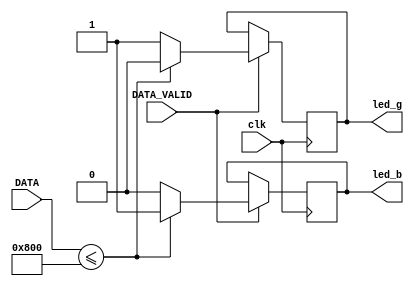
`timescale 1ns / 1ps
//////////////////////////////////////////////////////////////////////////////////
// Company: 
// Engineer: 
// 
// Design Name: 
// Module Name: LED_TEST
// Project Name: 
// Target Devices: 
// Tool Versions: 
// Description: 
// 
// Dependencies: 
// 
// Revision:
// Revision 0.01 - File Created
// Additional Comments:
// 
//////////////////////////////////////////////////////////////////////////////////


// module LED_TEST(
//    input clk,
//    input DATA_VALID,
//    input[11:0] DATA,
//    output led_b,
//    output led_g
//    );
     
//    reg r_green, r_blue;
    
//    always @(posedge clk)
//        begin
//            if (DATA <= 12'b100000000000)
//                begin
//                    r_blue <=1;
//                    r_green <= 0;
//                end
//            else
//                begin
//                    r_blue <=0;
//                    r_green <=1;
//                end
//       end
       
//    assign led_b = r_blue;
//    assign led_g = r_green;
    
// endmodule 
module LED_TEST(
    input clk,
    input DATA_VALID,
    input [11:0] DATA,
    output led_b,  // Cambiado a reg para ser conducido por un reg
    output led_g   // Cambiado a reg para ser conducido por un reg
    );
     
    reg r_green, r_blue;
    
    always @(posedge clk)
    begin
        if (DATA_VALID)  // Asegurarse de que los datos son vlidos antes de procesar
        begin
            if (DATA <= 12'b100000000000)  // Comparar con 2048 (1.65V)
            begin
                r_blue <= 1;
                r_green <= 0;
            end
            else
            begin
                r_blue <= 0;
                r_green <= 1;
            end
        end
    end
    
    assign led_b = r_blue;
    assign led_g = r_green;
    
endmodule